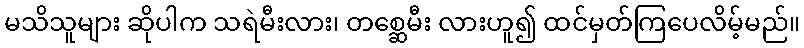
မသိသူများ ဆိုပါက သရဲမီးလား၊ တစ္ဆေမီး လားဟူ၍ ထင်မှတ်ကြပေလိမ့်မည်။